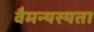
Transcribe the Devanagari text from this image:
वैमन्यस्यता